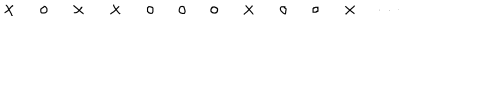
\times \quad \circ \quad \times \quad \times \quad \circ \quad \circ \quad \circ \quad \times \quad \circ \quad \circ \quad \times \quad \cdots